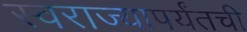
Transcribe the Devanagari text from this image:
स्वराज्यापर्यंतची